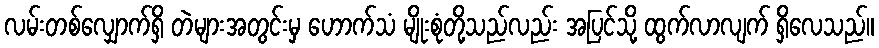
လမ်းတစ်လျှောက်ရှိ တဲများအတွင်းမှ ဟောက်သံ မျိုးစုံတို့သည်လည်း အပြင်သို့ ထွက်လာလျက် ရှိလေသည်။